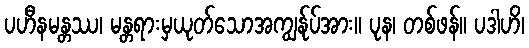
ပဟီနမန္တဿ၊ မန္တရားမှယုတ်သောအကျွန်ုပ်အား။ ပုန၊ တစ်ဖန်။ ပဒါဟိ၊